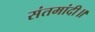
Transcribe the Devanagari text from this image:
संतमांदी॥